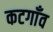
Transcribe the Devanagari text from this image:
कटगाँव